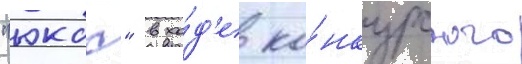
"юкос" в хо́д'е ко́нкурсного